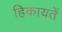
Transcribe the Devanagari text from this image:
हिकायतें